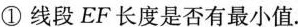
①线段EF长度是否有最小值.